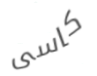
كاسى